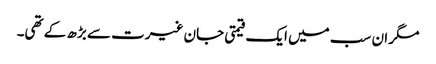
مگر ان سب میں ایک قیمتی جان غیرت سے بڑھ کے تھی۔